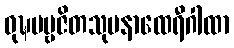
ဝုဍ္ဎပဗ္ဗဇိတသုမနာထေရီဂါထာ